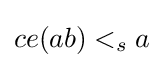
ce(ab)<_{s}a